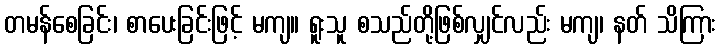
တမန်စေခြင်း၊ စာပေးခြင်းဖြင့် မကျ။ ရူးသူ စသည်တို့ဖြစ်လျှင်လည်း မကျ၊ နတ် သိကြား